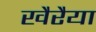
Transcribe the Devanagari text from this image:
खैरैया